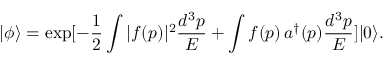
| \phi \rangle = \exp [ - \frac { 1 } { 2 } \int | f ( p ) | ^ { 2 } \frac { d ^ { 3 } p } { E } + \int f ( p ) \, a ^ { \dag } ( p ) \frac { d ^ { 3 } p } { E } ] | 0 \rangle .